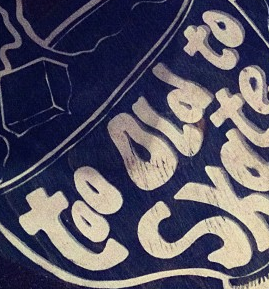
too old to